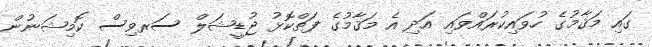
ގައި މަޤާމުގެ ހުވައިކުރައްވައި އަދި އެ މަޤާމުގެ ފަތްކޮޅު ޖުޑީޝަލް ސަރވިސް ކޮމިޝަނުން